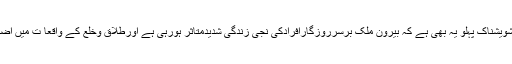
نقل مکانی کا ایک تشویشناک پہلو یہ بھی ہے کہ بیرون ملک برسرروزگارافرادکی نجی زندگی شدیدمتاثر ہورہی ہے اورطلاق وخلع کے واقعا ت میں اضافہ دیکھا جارہا ہے۔